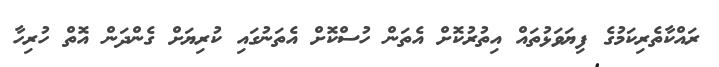
ރައްކާތެރިކަމުގެ ފިޔަވަޅުތައް އިތުރުކޮށް އެތަން ހުސްކޮށް އެތަނުގައި ކުރިޔަށް ގެންދަން އޮތް ހުރިހާ